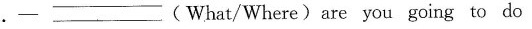
1.- _( What/Where)are you going to do